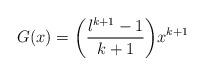
LaTeX: \begin{align*}G(x)=\bigg(\frac{l^{k+1}-1}{k+1}\bigg)x^{k+1}\end{align*}